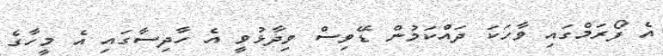
އެ ފޯރަަމްގައި ވާހަކަ ދައްކަމުން ޑޭވިސް ވިދާޅުވީ އެ ހާދިސާގައި އެ މީހާގެ